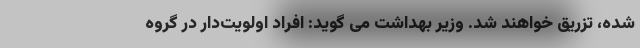
شده، تزریق خواهند شد. وزیر بهداشت می گوید: افراد اولویت‌دار در گروه